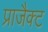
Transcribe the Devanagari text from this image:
प्राजैक्ट